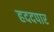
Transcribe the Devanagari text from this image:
हददपार